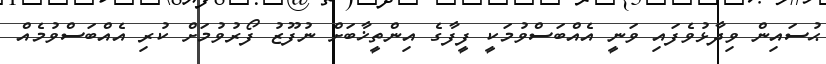
ޙުސައިން ވިދާޅުވެފައި ވަނީ އެއްބަސްވުމަކީ ފީފާގެ އިންތީޚާބަށް ނުފޫޒު ފޯރުވުމަށް ކުރި އެއްބަސްވުމެއް